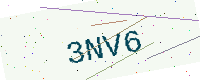
Text: 3NV6